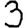
Digit: 3